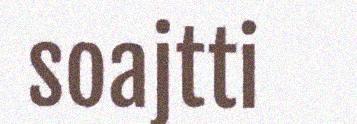
soajtti